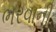
ભરવાની